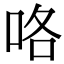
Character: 咯